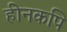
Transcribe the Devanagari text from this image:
हीनकपि